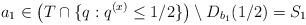
LaTeX: \begin{align*}a_{1}\in \left(T\cap\{q:q^{(x)}\leq1/2\}\right)\setminus D_{b_{1}}(1/2) = S_{1}\end{align*}